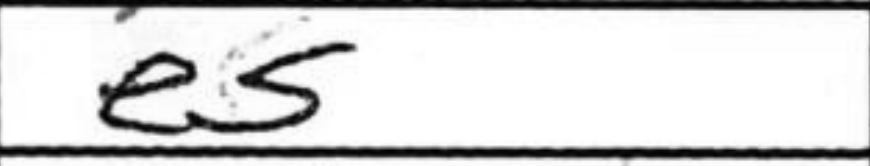
Transcription: e5